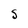
Character: S